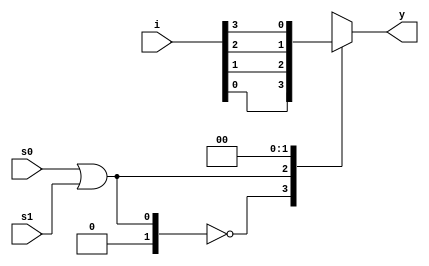
`timescale 1ns / 1ps
//////////////////////////////////////////////////////////////////////////////////
// Company: 
// Engineer: 
// 
// Design Name: 
// Module Name:    mux4x1-_bh 
// Project Name: 
// Target Devices: 
// Tool versions: 
// Description: 
//
// Dependencies: 
//
// Revision: 
// Revision 0.01 - File Created
// Additional Comments: 
//
//////////////////////////////////////////////////////////////////////////////////
module mux4x1_bh(i,s0,s1,y);
input [3:0]i;
input s0,s1;
output reg y;
always @ (*)
begin 
case (s0|s1)
2'b00 : y<=i[0];
2'b01 : y<=i[1];
2'b10 : y<=i[2];
2'b11 : y<=i[3];
endcase
end



endmodule